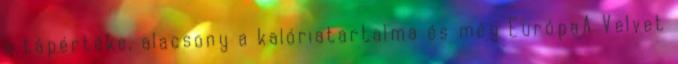
a tápértéke, alacsony a kalóriatartalma és még EurópaA Velvet